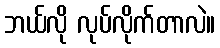
ဘယ်လို လုပ်လိုက်တာလဲ။